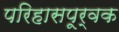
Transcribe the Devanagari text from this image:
परिहासपूर्वक